Cholera in India, 1862 to 1881
Year: 1862
Disease focus: Cholera
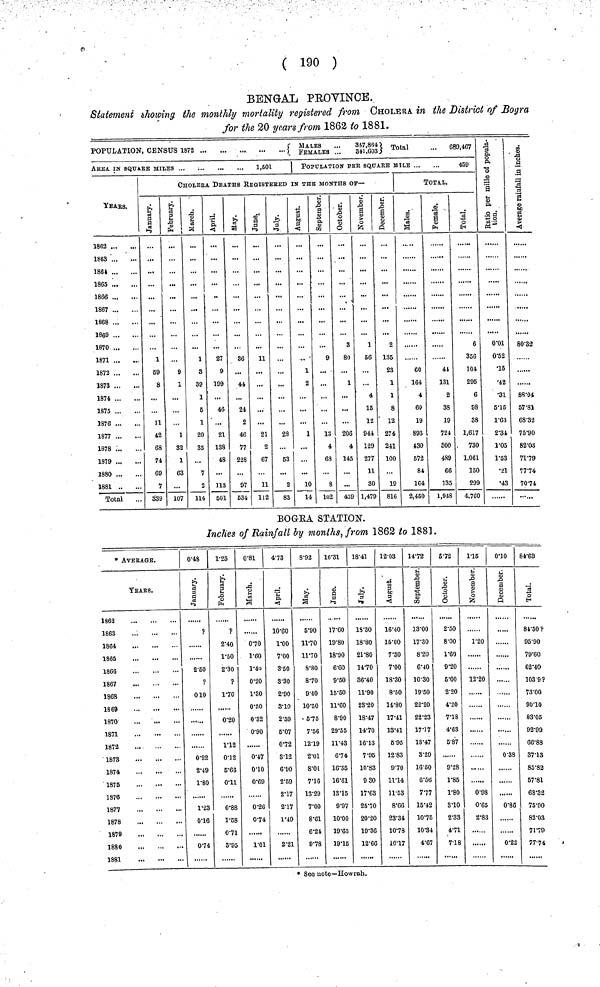
( 190 )
BENGAL PEOVINCE.
Statement showing the monthly mortality registered from CHOLERA in the District of Bogra
for the 20 years from 1862 to 1881.
POPULATION, CENSUS 1872
( MALES...FEMALES...347,864 ,341.603} Total
- 689,467
AREA IN SQUARE MILES
1,501
YEARS.
1862
1863
1864
1865
1866
1867
1868
1869
1870
1871
1872
3873
1874
1875
1876
1877
1878
1879
1880
1881
Total
1 POPULATION PER SQUARE MILE
459
CHOLERA DEATHS REGISTERED IN THE MONTHS OF—
January.
1
59
8
11
42
68
74
69
7
S39
February.
...
9
1
1
32
1
63
...
107
March.
1
3
39
1
6
1
20
35
...
7
2
114
April.
27
9
199
46
...
21
138
48
113
501
May.
36
...
44
24
2
46
77
228
97
534
June.
11
...
...
21
2
67
11
112
July.
...
23
...
53
2
83
August.
...
1
2
1
...
...
10
14
September.
9
...
...
13
4
63
8
102
October.
3
80
...
1
206
4
145
439
November.
l
56
4
15
12
941
129
277
11
30
1,479
December.
2
135
23
1
1
8
12
274
241
100
...
19
816
TOTAL.
Males.
60
164
4
60
19
893
430
572
81
164
2,450
Females.
44
181
2
38
19
724
800
489
66
135
1,948
Total.
6
356
104
295
6
98
38
1,617
730
1,061
150
299
4,760
Ratio per mille
of population.
0.01
0.52
•15
•42
•31
5.15
1.63
2.34
1.05
1.53
•21
•43
Average r
in inches.
80.32
......
88.04
57.81
68.32
75.90
82.03
71.79
77.74
70.74
BOGRA STATION.
Inches of Rainfall by months, from 1862 to 1881.
* AVERAGE.
YEARS.
1863
1864
1865
1866
1867
1868
1869
1870
1871
1872
1873
1874
1875
1876
1877
1878
1879
1880
1881
0.48
January.
?
2.50
?
0 10
0.22
2.49
1.80
1.23
0.16
0.74
1.25
February.
?
2.40
1.50
2.30
?
1.70
0.20
1.12
0.12
6.66
0.11
0.88
1.58
0.7l
3.95
0.81
March.
0.70
1.60
1.40
0.20
1.80
0.50
0.32
0.90
0.47
0.10
0.69
0.26
0.74
1.01
4.73
April.
10.60
1.00
7.00
3.50
3.30
2.90
3.10
2.59
6.07
0.72
8.12
6.90
2.59
2.17
2.17
1.49
2.21
8.92
May.
6.90
11.70
11.70
8.80
8.70
9.40
10.50
5.75
7.56
12.19
2.01
8.01
7.16
13.29
7.00
8.61
6.24
9.78
16.31
June.
17.60
19.80
18.90
6.60
9.50
15.50
11.60
8.90
29.55
11.43
6.74
10.35
16.61
18.15
9.97
10.00
19.65
19.15
18.41
July.
18.30
18.80
21.80
14.70
36.40
11.90
28.20
18.47
14.70
16.13
7.95
10.88
9 30
17.68
25.70
20.20
19.36
12.66
12.03
August.
16.40
15.00
7.30
7.00
18.30
8.50
14.80
17.41
13.41
6.95
12.83
9.70
11.14
11.53
8.66
23.34
10.78
16.17
14.72
September.
13.00
17.30
8.20
6.40
10.30
19.50
22.20
22.23
17.17
13.47
3.29
16.50
6.56
7.77
15.42
10.75
10.34
4.67
5.72
October.
2.60
8.00
1.60
9.20
5.00
2.20
4.20
7.18
4.63
5.87
9.28
1.85
1.80
8.10
2.33
4.71
7.18
1.15
November.
1.20
12.20
0.98
0.65
2.83
0.10
December.
0.38
0.86
0.22
84.63
Total.
84.30 ?
95.90
79.60
62.40
103.9?
73.00
90.10
88.05
92.99
66.88
37.13
85.82
57.81
68.33
75.90
82.03
71.79
77.74
* See uote—Howrah.